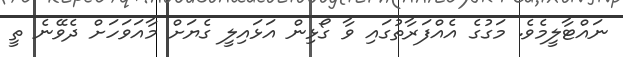
ނައްޓާލީމެވެ. މަގުގެ އެއްފަރާތުގައި ވާ ގޯޅިން އަޅައިލީ ގެޔަށް މާއަވަހަށް ދެވޭނެ ތީ